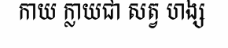
កាយ ក្លាយជា សត្វ ហង្ស